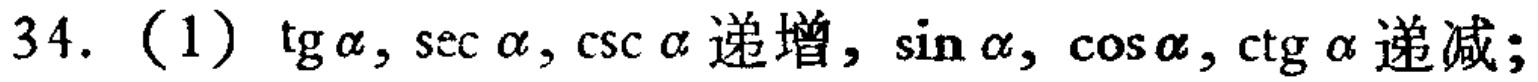
34. (1) $\tg\alpha,\sec\alpha,\csc\alpha$ 递增, $\sin\alpha,\cos\alpha,\ctg\alpha$ 递减;